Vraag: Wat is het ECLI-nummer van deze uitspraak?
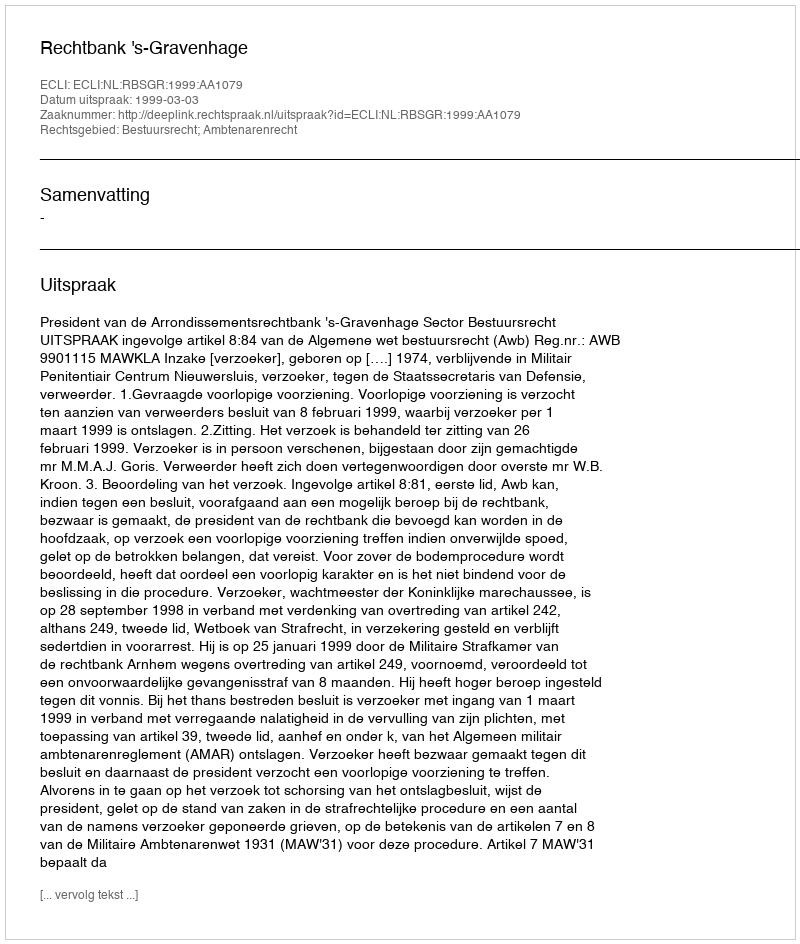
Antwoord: ECLI:NL:RBSGR:1999:AA1079